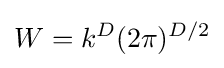
W=k^{D}(2\pi )^{D/2}